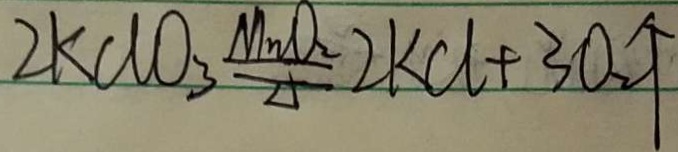
2 K C l O _ { 3 } \Rightarrow 2 K C l + 3 O _ { 2 } \uparrow